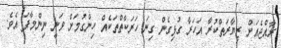
ރާއްޖެއަށް ޒިޔާރަތްކުރާ އަހަރާ ގުޅިގެން ގިނަ ހަރަކާތްތަކެއް ހިންގުމަށް ވަނީ ނިންމާފަ އެވެ.